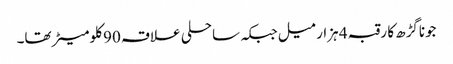
جوناگڑھ کا رقبہ 4 ہزار میل جبکہ ساحلی علاقہ 90 کلومیٹر تھا۔